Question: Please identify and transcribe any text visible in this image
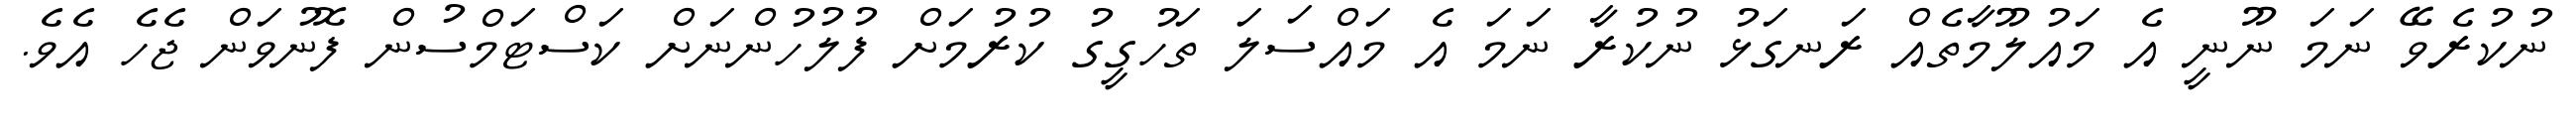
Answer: ނުކުރެވޭ ނަމަ ނޫނީ އެ މައުލޫމާތެއް ރަނގަޅު ނުކުރާ ނަމަ އެ މައްސަލަ ތަހުގީގު ކުރުމަށް ފުލުހުންނަށް ކަސްޓަމްސުން ފޮނުވަން ޖެހެ އެވެ.